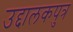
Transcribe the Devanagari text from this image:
उद्दालकपुत्र